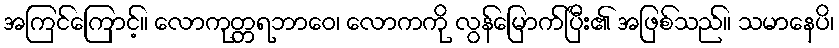
အကြင်ကြောင့်။ လောကုတ္တရဘာဝေ၊ လောကကို လွန်မြောက်ပြီး၏ အဖြစ်သည်။ သမာနေပိ၊